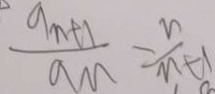
\frac { a _ { n + 1 } } { a _ { n } } = \frac { n } { n + 1 }